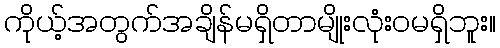
ကိုယ့်အတွက်အချိန်မရှိတာမျိုးလုံးဝမရှိဘူး။